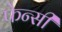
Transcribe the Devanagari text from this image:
फेन्सी